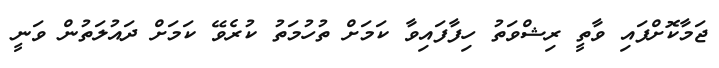
ޖަމާކޮށްފައި ވާތީ ރިޝްވަތު ހިފާފައިވާ ކަމަށް ތުހުމަތު ކުރެވޭ ކަމަށް ދައުލަތުން ވަނީ